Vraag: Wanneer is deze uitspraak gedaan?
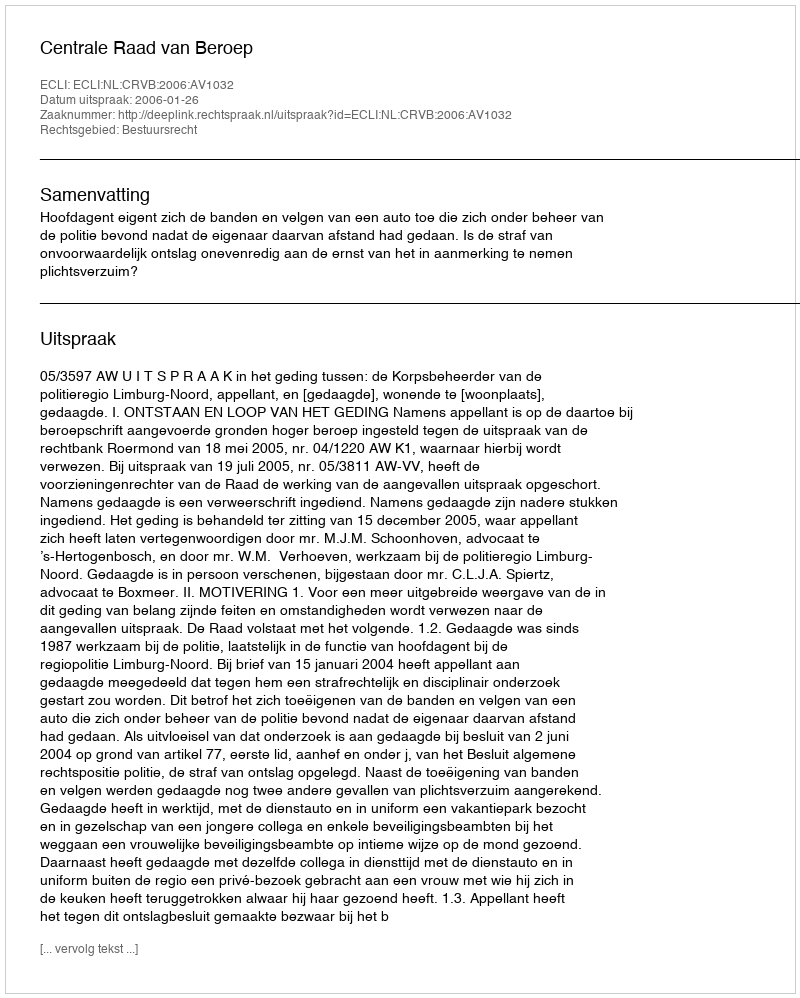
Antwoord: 2006-01-26